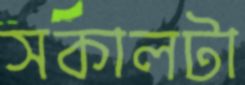
সকালটা